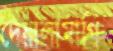
দেয়ালামাগি